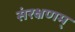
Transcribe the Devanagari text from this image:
संरक्षणम्‌